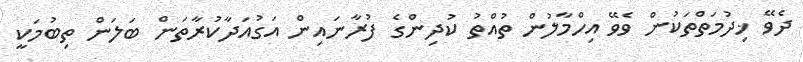
ދެވޭ ޚިދުމަތްތަކުން ވެވޭ އިހްމާލުން ތުއްތު ކުދިންގެ ފުރާނައިން އަގުއަދާކުރާތަން ބަލަން ތިބުމަކީ